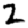
Digit: 2